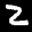
Label: 2